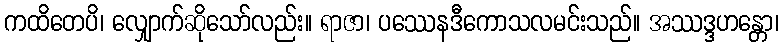
ကထိတေပိ၊ လျှောက်ဆိုသော်လည်း။ ရာဇာ၊ ပဿေနဒီကောသလမင်းသည်။ အဿဒ္ဒဟန္တော၊